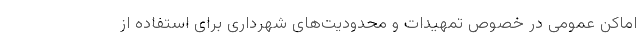
اماکن عمومی در خصوص تمهیدات و محدودیت‌های شهرداری برای استفاده از